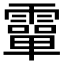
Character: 𩅦